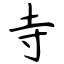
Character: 寺